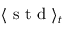
\langle \mathrm { ~ s ~ t ~ d ~ } \rangle _ { t }